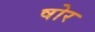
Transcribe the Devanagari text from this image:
षोर